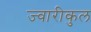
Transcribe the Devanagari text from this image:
ज्वारीकुल